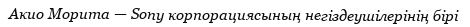
Акио Морита — Sony корпорациясының негіздеушілерінің бірі